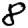
Digit: 8